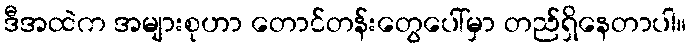
ဒီအထဲက အများစုဟာ တောင်တန်းတွေပေါ်မှာ တည်ရှိနေတာပါ။